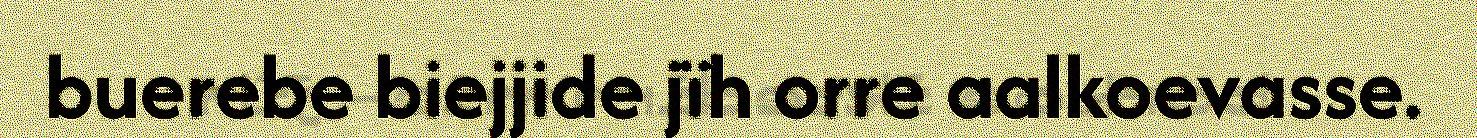
buerebe biejjide jïh orre aalkoevasse.